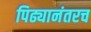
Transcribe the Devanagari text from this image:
पिढ्यानंतरच